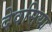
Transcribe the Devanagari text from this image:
देवसिया